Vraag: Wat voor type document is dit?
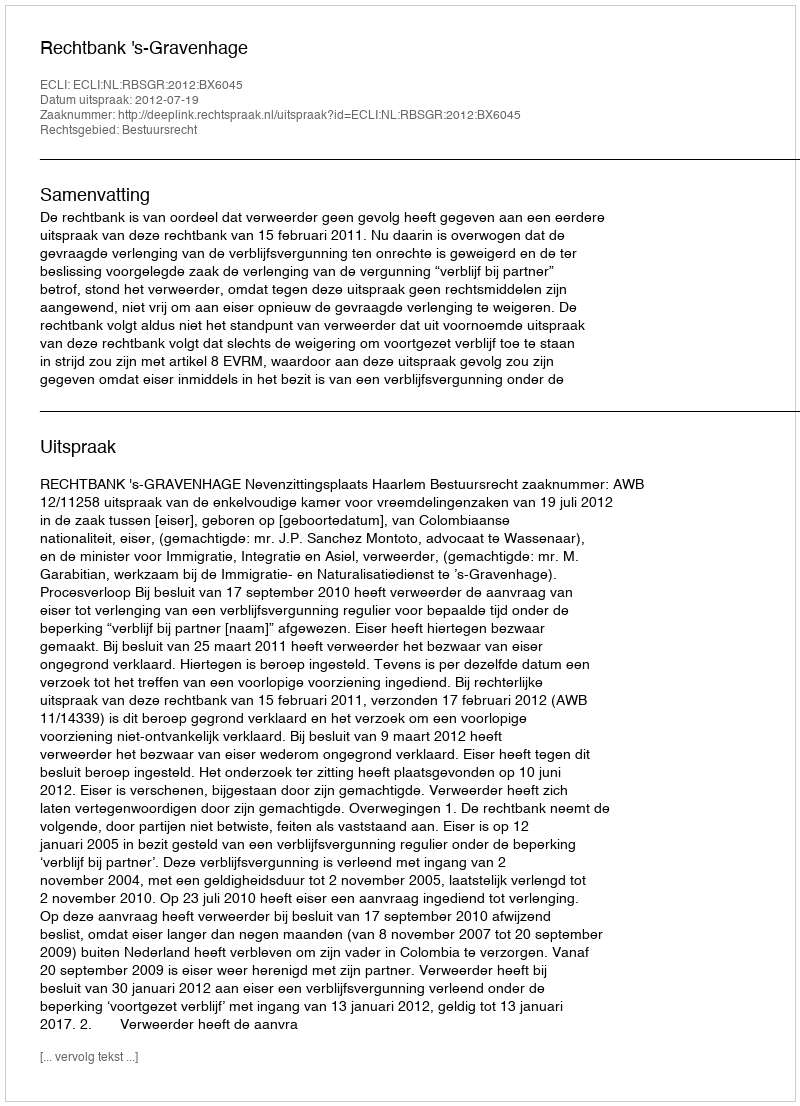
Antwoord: Uitspraak